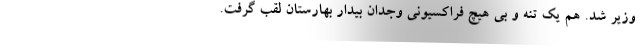
وزیر شد. هم یک تنه و بی هیچ فراکسیونی وجدان بیدار بهارستان لقب گرفت.